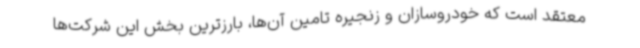
معتقد است که خودروسازان و زنجیره تامین آن‌ها، بارزترین بخش این شرکت‌ها